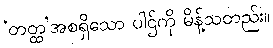
‘တတ္ထ’အစရှိသော ပါဌ်ကို မိန့်သတည်း။